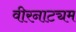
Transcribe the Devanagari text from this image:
वीरनाट्यम